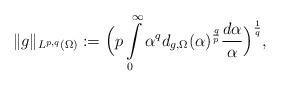
LaTeX: \begin{align*}\|g\|_{L^{p,q}(\Omega)}:= \Big(p\int\limits_{0}^{\infty}\alpha^{q}d_{g,\Omega}(\alpha)^{\frac{q}{p}}\frac{d\alpha}{\alpha}\Big)^{\frac{1}{q}},\end{align*}